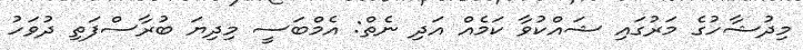
މިދުޝާހުގެ މަރުގައި ޝައްކުވާ ކަމެއް އަދި ނެތް: އެމްބަސީ މިދިޔަ ބުރާސްފަތި ދުވަހު